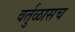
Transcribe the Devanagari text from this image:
वर्तुळासच